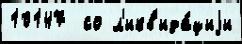
10147  со л'икв'ида́циjи